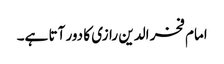
امام فخر الدین رازی کا دور آتا ہے۔